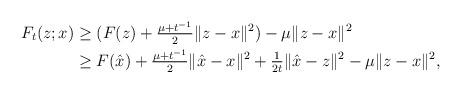
LaTeX: \begin{align*}\begin{aligned}F_{t}(z;x) &\geq (F(z)+\tfrac{\mu + t^{-1}}{2} \|z-x\|^2)-\mu \|z-x\|^2\\&\geq F(\hat x)+\tfrac{\mu+t^{-1}}{2} \|\hat x-x\|^2+\tfrac{1}{2t}\|\hat x-z\|^2-\mu\|z-x\|^2,\end{aligned}\end{align*}